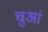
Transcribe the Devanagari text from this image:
चुआं